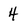
Character: 4